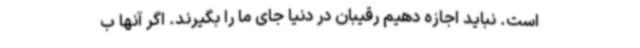
است. نباید اجازه دهیم رقیبان در دنیا جای ما را بگیرند. اگر آنها ب